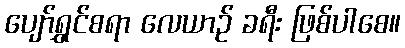
ပျော်ရွှင်စရာ လေယာဉ် ခရီး ဖြစ်ပါစေ။